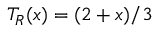
T _ { R } ( x ) = ( 2 + x ) / 3